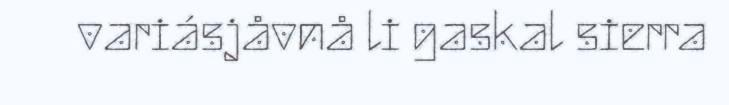
variásjåvnå li gaskal sierra